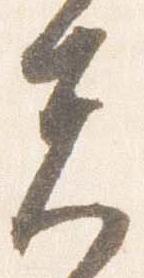
夫